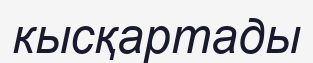
кысқартады